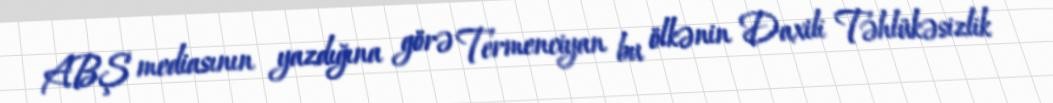
ABŞ mediasının yazdığına görə Termenciyan bu ölkənin Daxili Təhlükəsizlik